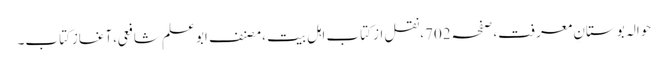
حوالہ بوستانِ معرفت،صفحہ702،نقل از کتاب اہلِ بیت ،مصنف ابوعلم شافعی،آغازِکتاب۔